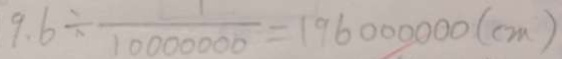
9 . 6 \div \frac { 1 } { 1 0 0 0 0 0 0 0 } = 1 9 6 0 0 0 0 0 0 ( c m )